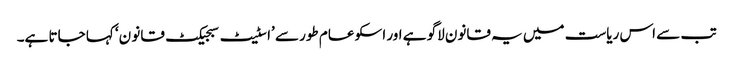
تب سے اس ریاست میں یہ قانون لاگو ہے اور اسکو عام طور سے ’اسٹیٹ سبجیکٹ قانو ن‘ کہا جاتا ہے۔